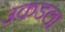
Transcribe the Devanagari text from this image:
उकडला